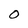
Character: O